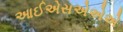
આઈએસએએએ